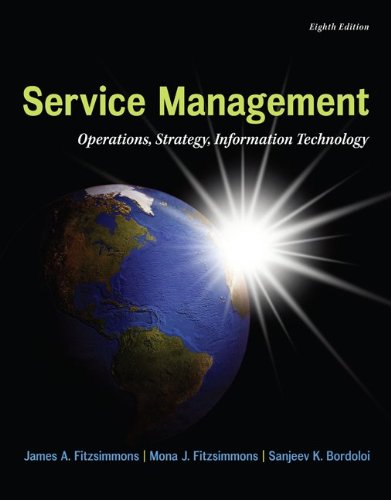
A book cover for MP Service Management with Service Model Software Access Card (McGraw-Hill/Irwin Series Operations and Decision Sciences); James A. Fitzsimmons; Business & Money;